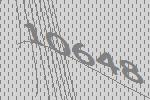
10648